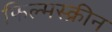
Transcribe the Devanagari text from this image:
फिल्मस्क्रीन